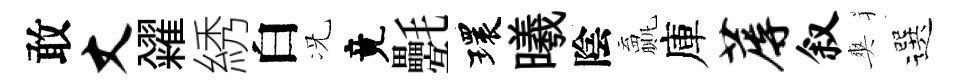
敢丈糴綉白况竟氎環曦陰贏庫蓐叙爽選